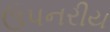
ઉપનરીય